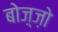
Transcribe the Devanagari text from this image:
बोज़्ज़ो